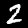
Digit: 2